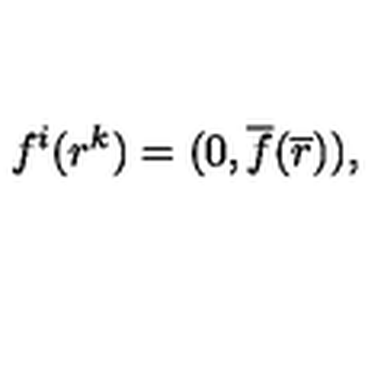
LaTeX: f ^ { i } ( r ^ { k } ) = ( 0 , { \overline { f } } ( \overline { r } ) ) ,